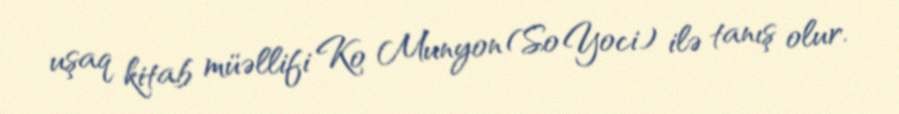
uşaq kitab müəllifi Ko Munyon (So Yoci) ilə tanış olur.